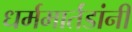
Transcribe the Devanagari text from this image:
धर्ममार्तंडांनी